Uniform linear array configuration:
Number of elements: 48
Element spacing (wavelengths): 0.75
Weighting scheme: hann
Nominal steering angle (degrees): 15
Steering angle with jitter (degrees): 15.235
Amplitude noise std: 0.05
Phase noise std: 0.05

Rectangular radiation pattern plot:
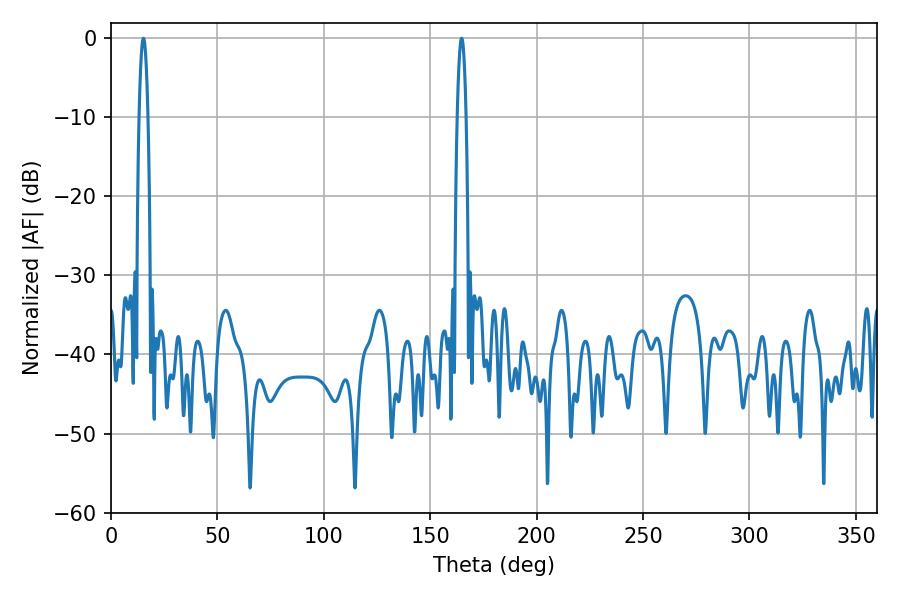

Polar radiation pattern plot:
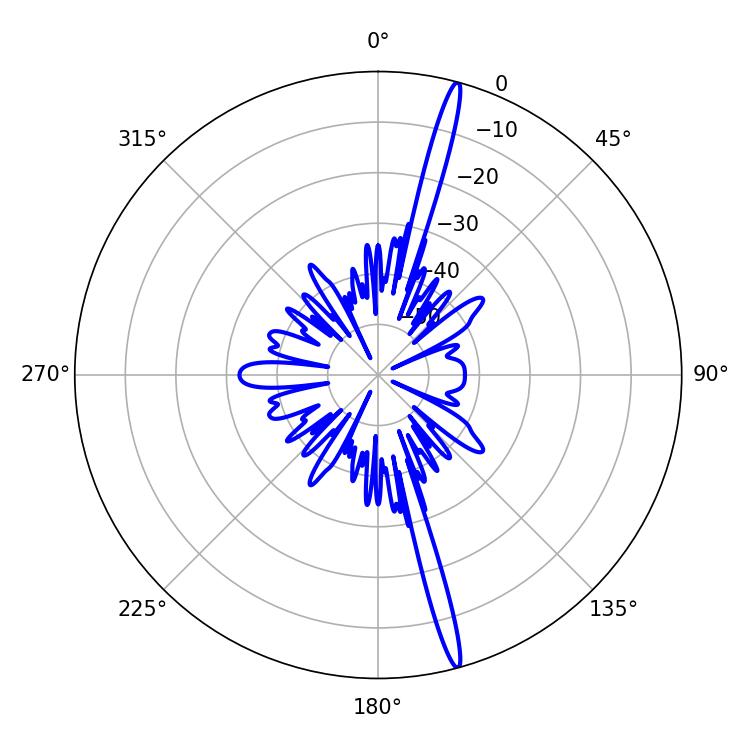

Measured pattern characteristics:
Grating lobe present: TRUE
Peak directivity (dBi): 19.392
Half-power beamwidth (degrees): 2.34
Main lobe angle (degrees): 164.7